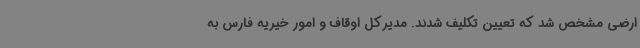
ارضی مشخص شد که تعیین تکلیف شدند. مدیرکل اوقاف و امور خیریه فارس به